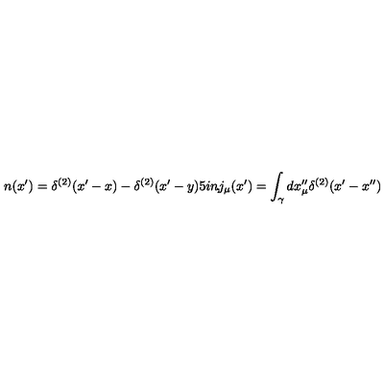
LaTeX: n ( x ^ { \prime } ) = \delta ^ { ( 2 ) } ( x ^ { \prime } - x ) - \delta ^ { ( 2 ) } ( x ^ { \prime } - y ) \makebox [ . 5 i n ] { , } j _ { \mu } ( x ^ { \prime } ) = \int _ { \gamma } d x _ { \mu } ^ { \prime \prime } \delta ^ { ( 2 ) } ( x ^ { \prime } - x ^ { \prime \prime } )